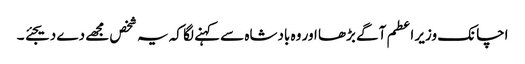
اچانک وزیر اعطم آگے بڑھا اور وہ بادشاہ سے کہنے لگا کہ یہ شخص مجھے دے دیجئے ۔